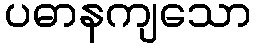
ပဓာနကျသော